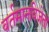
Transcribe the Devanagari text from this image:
वर्तमानविजेता